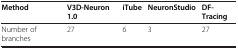
| Method | V3D-Neuron 1.0 | iTube | NeuronStudio | DF-Tracing |
 | --- | --- | --- | --- | --- |
 | Number of branches | 27 | 6 | 3 | 27 |